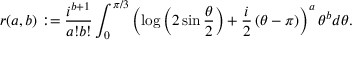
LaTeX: r ( a , b ) : = \frac { i ^ { b + 1 } } { a ! b ! } \int _ { 0 } ^ { \pi / 3 } \left( \log \left( 2 \sin \frac { \theta } { 2 } \right) + \frac { i } { 2 } \left( \theta - \pi \right) \right) ^ { a } \theta ^ { b } d \theta .